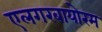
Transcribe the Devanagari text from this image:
एलगरबायोरम